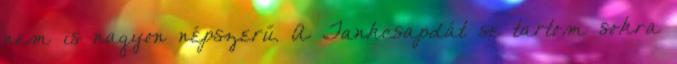
nem is nagyon népszerű. A Tankcsapdát se tartom sokra